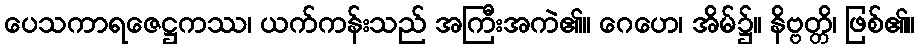
ပေသကာရဇေဋ္ဌကဿ၊ ယက်ကန်းသည် အကြီးအကဲ၏။ ဂေဟေ၊ အိမ်၌။ နိဗ္ဗတ္တိ၊ ဖြစ်၏။